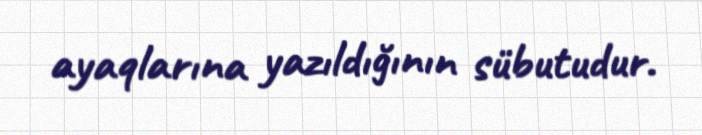
ayaqlarına yazıldığının sübutudur.